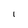
Character: l